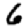
Digit: 6